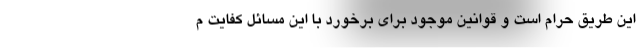
این طریق حرام است و قوانین موجود برای برخورد با این مسائل کفایت م